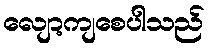
လျော့ကျစေပါသည်